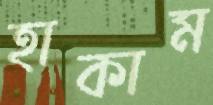
হাকাম